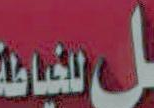
الخياطة